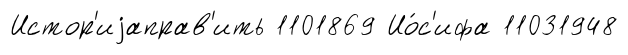
Истор'иjаправ'ить 1101869 Ио́с'ифа 11031948